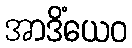
အာဒိံယေဝ